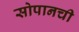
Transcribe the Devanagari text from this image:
सोपानची